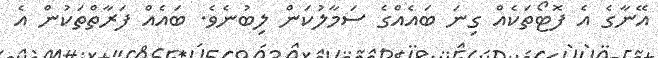
އޭނާގެ އެ ފޮޓޯތަކެއް ގިނަ ބައެއްގެ ސަމާލުކަން ލިބުނެވެ. ބައެއް ފަރާތްތަކުން އެ